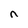
Character: n